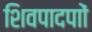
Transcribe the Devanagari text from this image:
शिवपादपाों